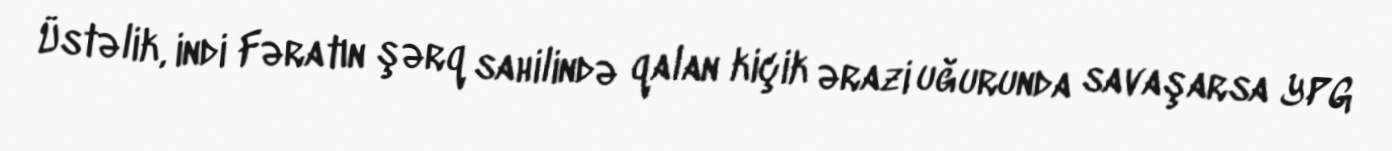
Üstəlik, indi Fəratın şərq sahilində qalan kiçik ərazi uğurunda savaşarsa YPG